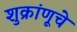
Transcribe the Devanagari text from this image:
शुक्रांणूचे